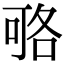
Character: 𠶱